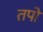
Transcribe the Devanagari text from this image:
तपों